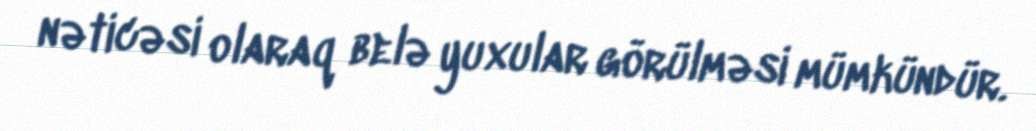
nəticəsi olaraq belə yuxular görülməsi mümkündür.